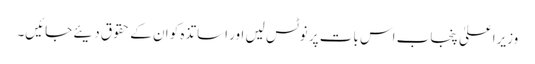
وزیراعلیٰ پنجاب اس بات پر نوٹس لیں اور اساتذہ کو ان کے حقوق دیئے جائیں۔